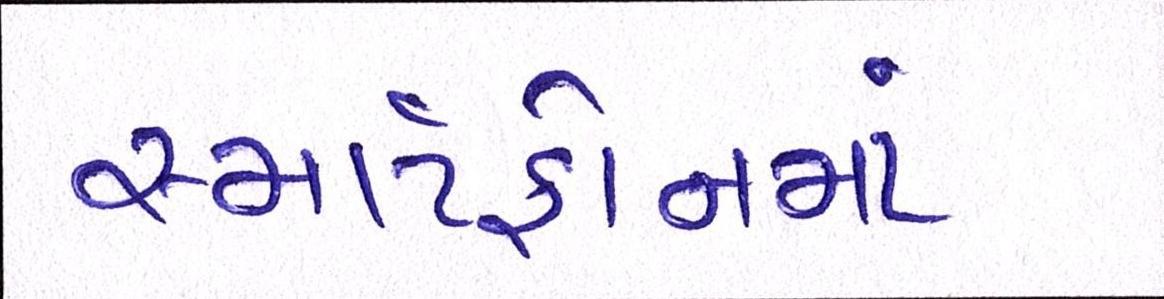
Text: સ્માર્ટફોનમાં